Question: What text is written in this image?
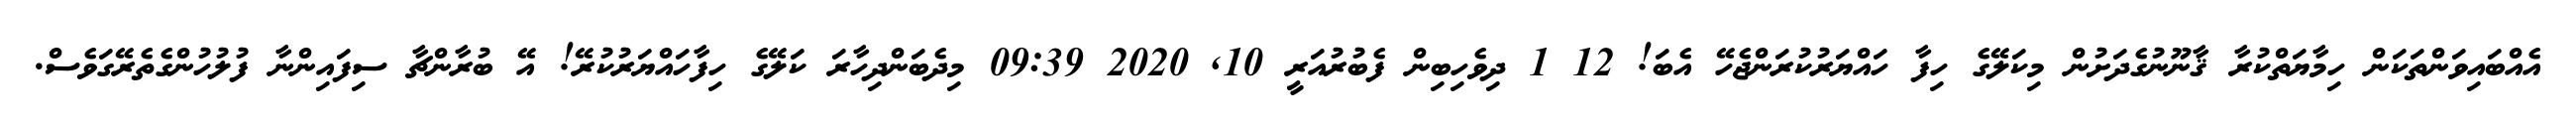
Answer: އެއްބައިވަންތަކަން ހިމާޔަތްކުރާ ޤާނޫނުގެދަށުން މިކަލޭގެ ހިފާ ހައްޔަރުކުރަންޖެހޭ އެބަ! 12 1 ދިވެހިބިން ފެބުރުއަރީ 10, 2020 09:39 މިދެބަންދިހާރަ ކަލޭގެ ހިފާހައްޔަރުކުރޭ! އޭ ބުރާންޗާ ސިފައިންނާ ފުލުހުންގެތެރޭގަވެސް.